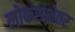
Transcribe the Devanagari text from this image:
लोकसभेतर